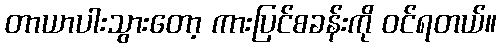
တာယာပါးသွားတော့ ကားပြင်စခန်းကို ဝင်ရတယ်။